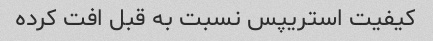
کیفیت استریپس نسبت به قبل افت کرده